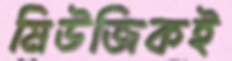
মিউজিকই